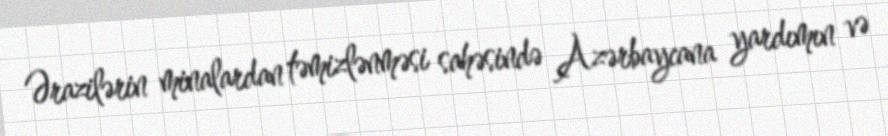
Ərazilərin minalardan təmizlənməsi sahəsində Azərbaycana yardımın və